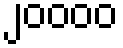
၂၀၀၀၀